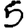
Digit: 5